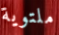
ملتوية